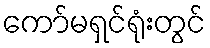
ကော်မရှင်ရုံးတွင်